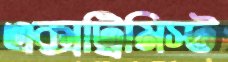
এক্সট্রিমিস্ট